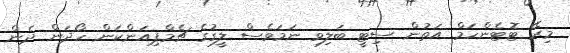
މިރޭ ޓޮޓެންހަމް އަތުން ސިޓީ ބަލިވި ނަމަވެސް ލީގުގެ ޗެމްޕިއަންކަން ހޯދަން ދެން